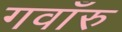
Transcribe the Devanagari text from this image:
गवाँरु